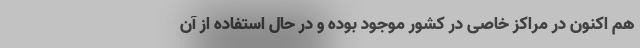
هم اکنون در مراکز خاصی در کشور موجود بوده و در حال استفاده از آن